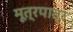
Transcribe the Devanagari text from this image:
मूत्रपात्र